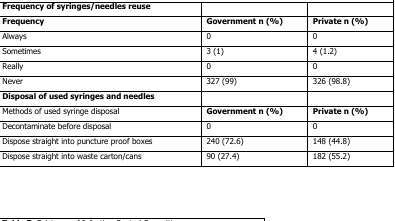
<table><thead><tr><td><b>Frequency of syringes/needles reuse</b></td><td></td><td></td></tr><tr><td><b>Frequency</b></td><td><b>Government n (%)</b></td><td><b>Private n (%)</b></td></tr></thead><tbody><tr><td>Always</td><td>0</td><td>0</td></tr><tr><td>Sometimes</td><td>3 (1)</td><td>4 (1.2)</td></tr><tr><td>Really</td><td>0</td><td>0</td></tr><tr><td>Never</td><td>327 (99)</td><td>326 (98.8)</td></tr><tr><td><b>Disposal of used syringes and needles</b></td><td></td><td></td></tr><tr><td>Methods of used syringe disposal</td><td><b>Government n (%)</b></td><td><b>Private n (%)</b></td></tr><tr><td>Decontaminate before disposal</td><td>0</td><td>0</td></tr><tr><td>Dispose straight into puncture proof boxes</td><td>240 (72.6)</td><td>148 (44.8)</td></tr><tr><td>Dispose straight into waste carton/cans</td><td>90 (27.4)</td><td>182 (55.2)</td></tr></tbody></table>